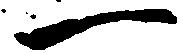
一